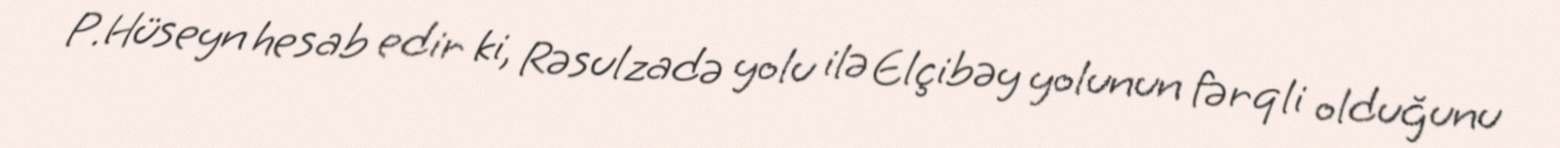
P.Hüseyn hesab edir ki, Rəsulzadə yolu ilə Elçibəy yolunun fərqli olduğunu